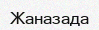
Жаназада